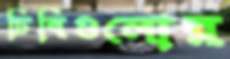
ঢিবিগুলোর